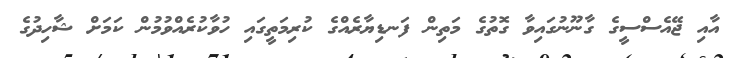
އާއި ޖޭއެސްސީގެ ގާނޫނުގައިވާ ގޮތުގެ މަތިން ފަނޑިޔާރެއްގެ ކުރިމަތީގައި ހުވާކުރެއްވުމުން ކަމަށް ޝާހިދުގެ